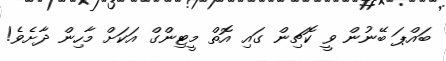
ބައްޕަ ބޭނުން ވީ ކޮޗިން ގައި އޮތް މީޓިންގް އަކަށް މާހިން ދާށެވެ!